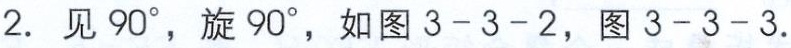
2. 见 \(90^{\circ}\)，旋 \(90^{\circ}\)，如图 3 - 3 - 2，图 3 - 3 - 3.